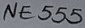
Text: NE555